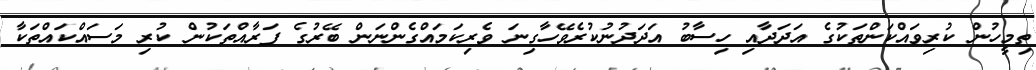
ތިމީހުން ކުރިވައްކަންތަކުގެ އަދަދާއި ހިސާބު އަދަދުނުކުރެވޭހާގިނަ ވެރިކަމައްގެންނަން ބޭރުގެ ފަރާއްތަކުން ކުރި މަސައްކައްތަކާ